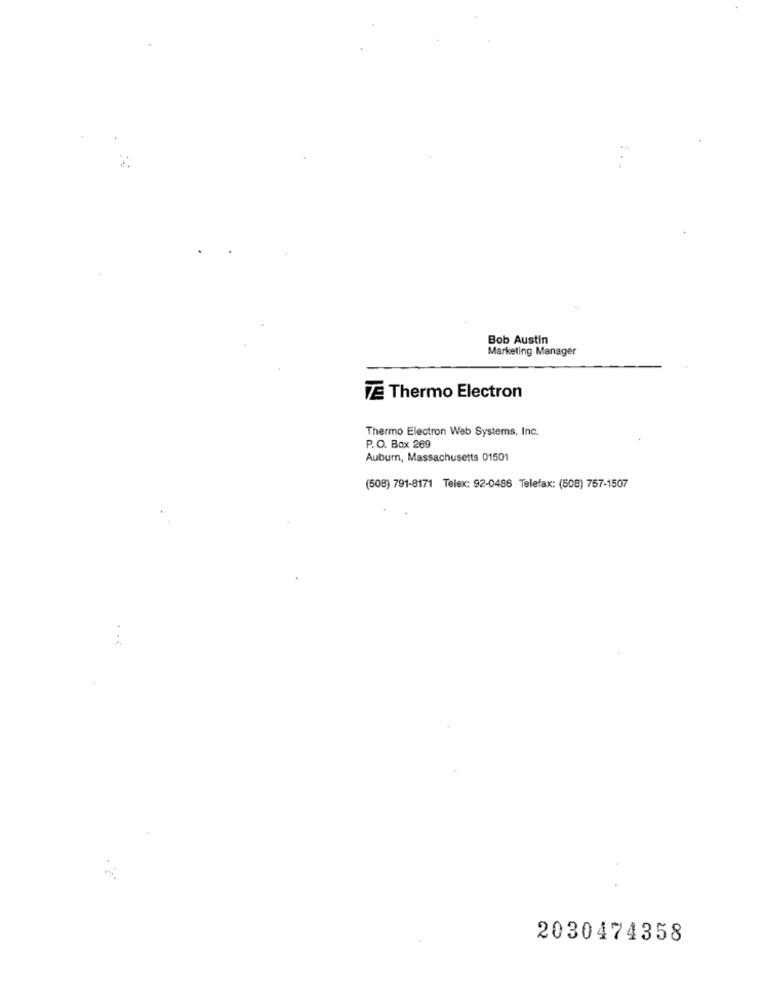
Bob Austin
Marketing Manager
VE Thermo Electron
Thermo Electron Web Systems, Inc.
P. O. Box 269
Auburn, Massachusetts 01501
(508) 791-8171 Telex: 92-0486 Telefax: (508) 757-1507
2030474358